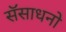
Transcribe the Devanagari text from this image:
सॅसाधनो